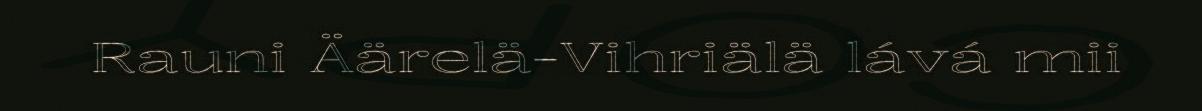
Rauni Äärelä-Vihriälä lává mii